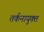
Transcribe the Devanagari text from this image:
तर्कनायुक्त